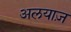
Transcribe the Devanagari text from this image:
अलयाज़